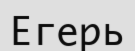
Егерь